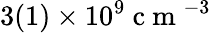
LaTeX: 3(1)\times 10^{9}\mathrm{~c~m~}^{-3}